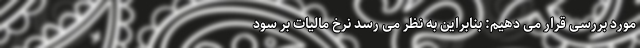
مورد بررسی قرار می دهیم: بنابراین به نظر می رسد نرخ مالیات بر سود